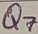
Text: Q7